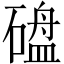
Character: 𪿱